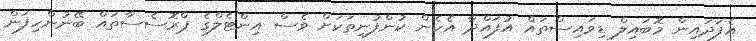
އެފަދައިން މޮބައިލް ޑިވައިސްތައް އުފައްދާ އެހެން ކުންފުނިތަކަށް ވެސް އިންޓެލްގެ ޕްރޮސެސާތައް ބޭނުންހިފަން